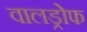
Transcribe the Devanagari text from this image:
वालड्रोफ